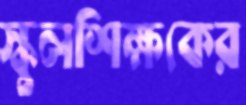
স্কুলশিক্ষকের